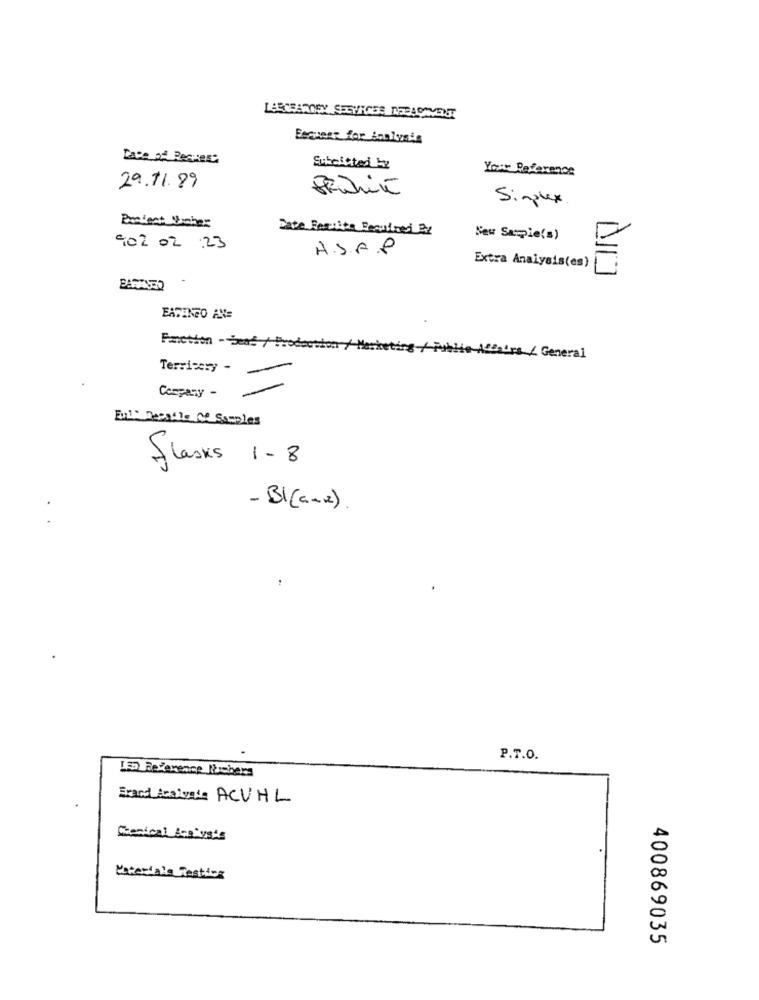
LARCBAROSY SELVROSS DEPARAVENT
Esquest for iculusis
Date of Peques:
Subciated by
Your Reference
29.11. 89
Simplex
Protect Umber
Date Farcite Required By
New Sample(s)
902 02 :23
A.S.A.P
Extra Analysis(es)
DID
EATINGO AN=
Faction - ben / Production / Merk
Affairs / General
Terricery -
Company -
Ent Desalle Of Samples
Flasks 1- 8
- Bl(anse).
P.T.O.
LEa Reference Numbers
Erard Acalvada ACVHL
Chemical Bon"ysis
Materiale Resting
400869035